Civil Veterinary Department Bengal reports 1933-51 - 1933-1951
Year: 1933
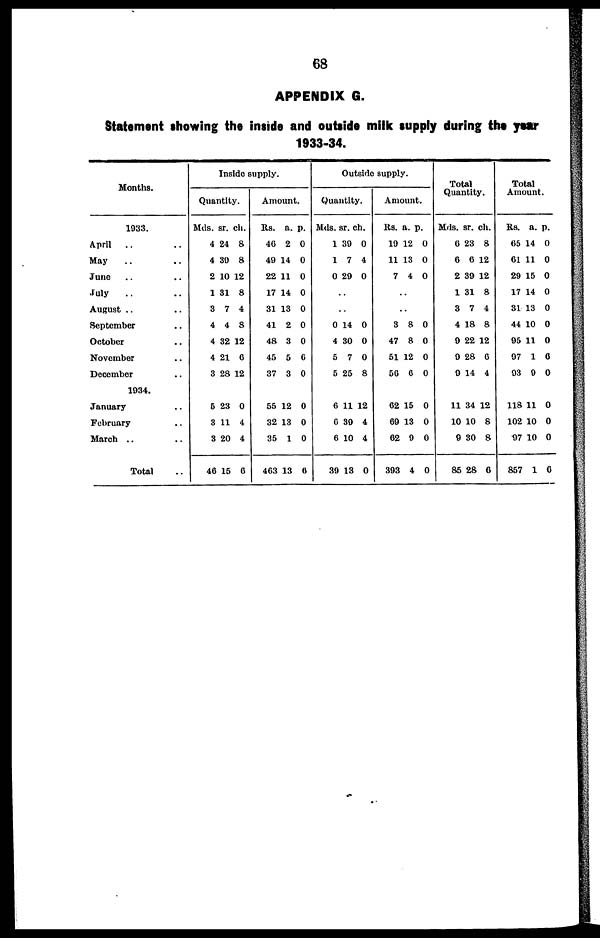
68
APPENDIX G.
Statement showing the inside and outside milk supply during the year
1933-34.
Months.
1933.
April .. ..
May .. ..
June .. ..
July .. ..
August .. ..
September ..
October ..
November ..
December
1934.
January ..
February ..
March ..
Total ..
Inside
supply.
Quantity.
Mds.
4
4
2
1
3
4
4
4
3
5
3
3
46
sr.
24
39
10
31
7
4
32
21
28
23
11
20
15
ch.
8
8
12
8
4
8
12
6
12
0
4
4
6
Amount.
Rs.
46
49
22
17
31
41
48
45
37
55
32
35
463
a.
2
14
11
14
13
2
3
5
3
12
13
1
13
p.
0
0
0
0
0
0
0
6
0
0
0
0
6
Outside
supply.
Quantity.
Mds.
1
1
0
..
..
0
4
5
5
6
0
6
39
sr.
39
7
29
14
30
7
25
11
39
10
13
ch.
0
4
0
0
0
0
8
12
4
4
0
Amount.
Rs.
19
11
7
..
..
3
47
51
50
62
69
62
393
a.
12
13
4
8
8
12
6
15
13
9
4
p.
0
0
0
0
0
0
0
0
0
0
0
Total
Quantity.
Mds.
6
6
2
1
3
4
9
9
9
11
10
9
85
sr.
23
6
39
31
7
18
22
28
14
34
10
30
28
ch.
8
12
12
8
4
8
12
6
4
12
8
8
6
Total
Amount.
Rs.
65
61
29
17
31
44
95
97
93
118
102
97
857
a.
14
11
15
14
13
10
11
1
9
11
10
10
1
p.
0
0
0
0
0
0
0
0
0
0
0
0
6